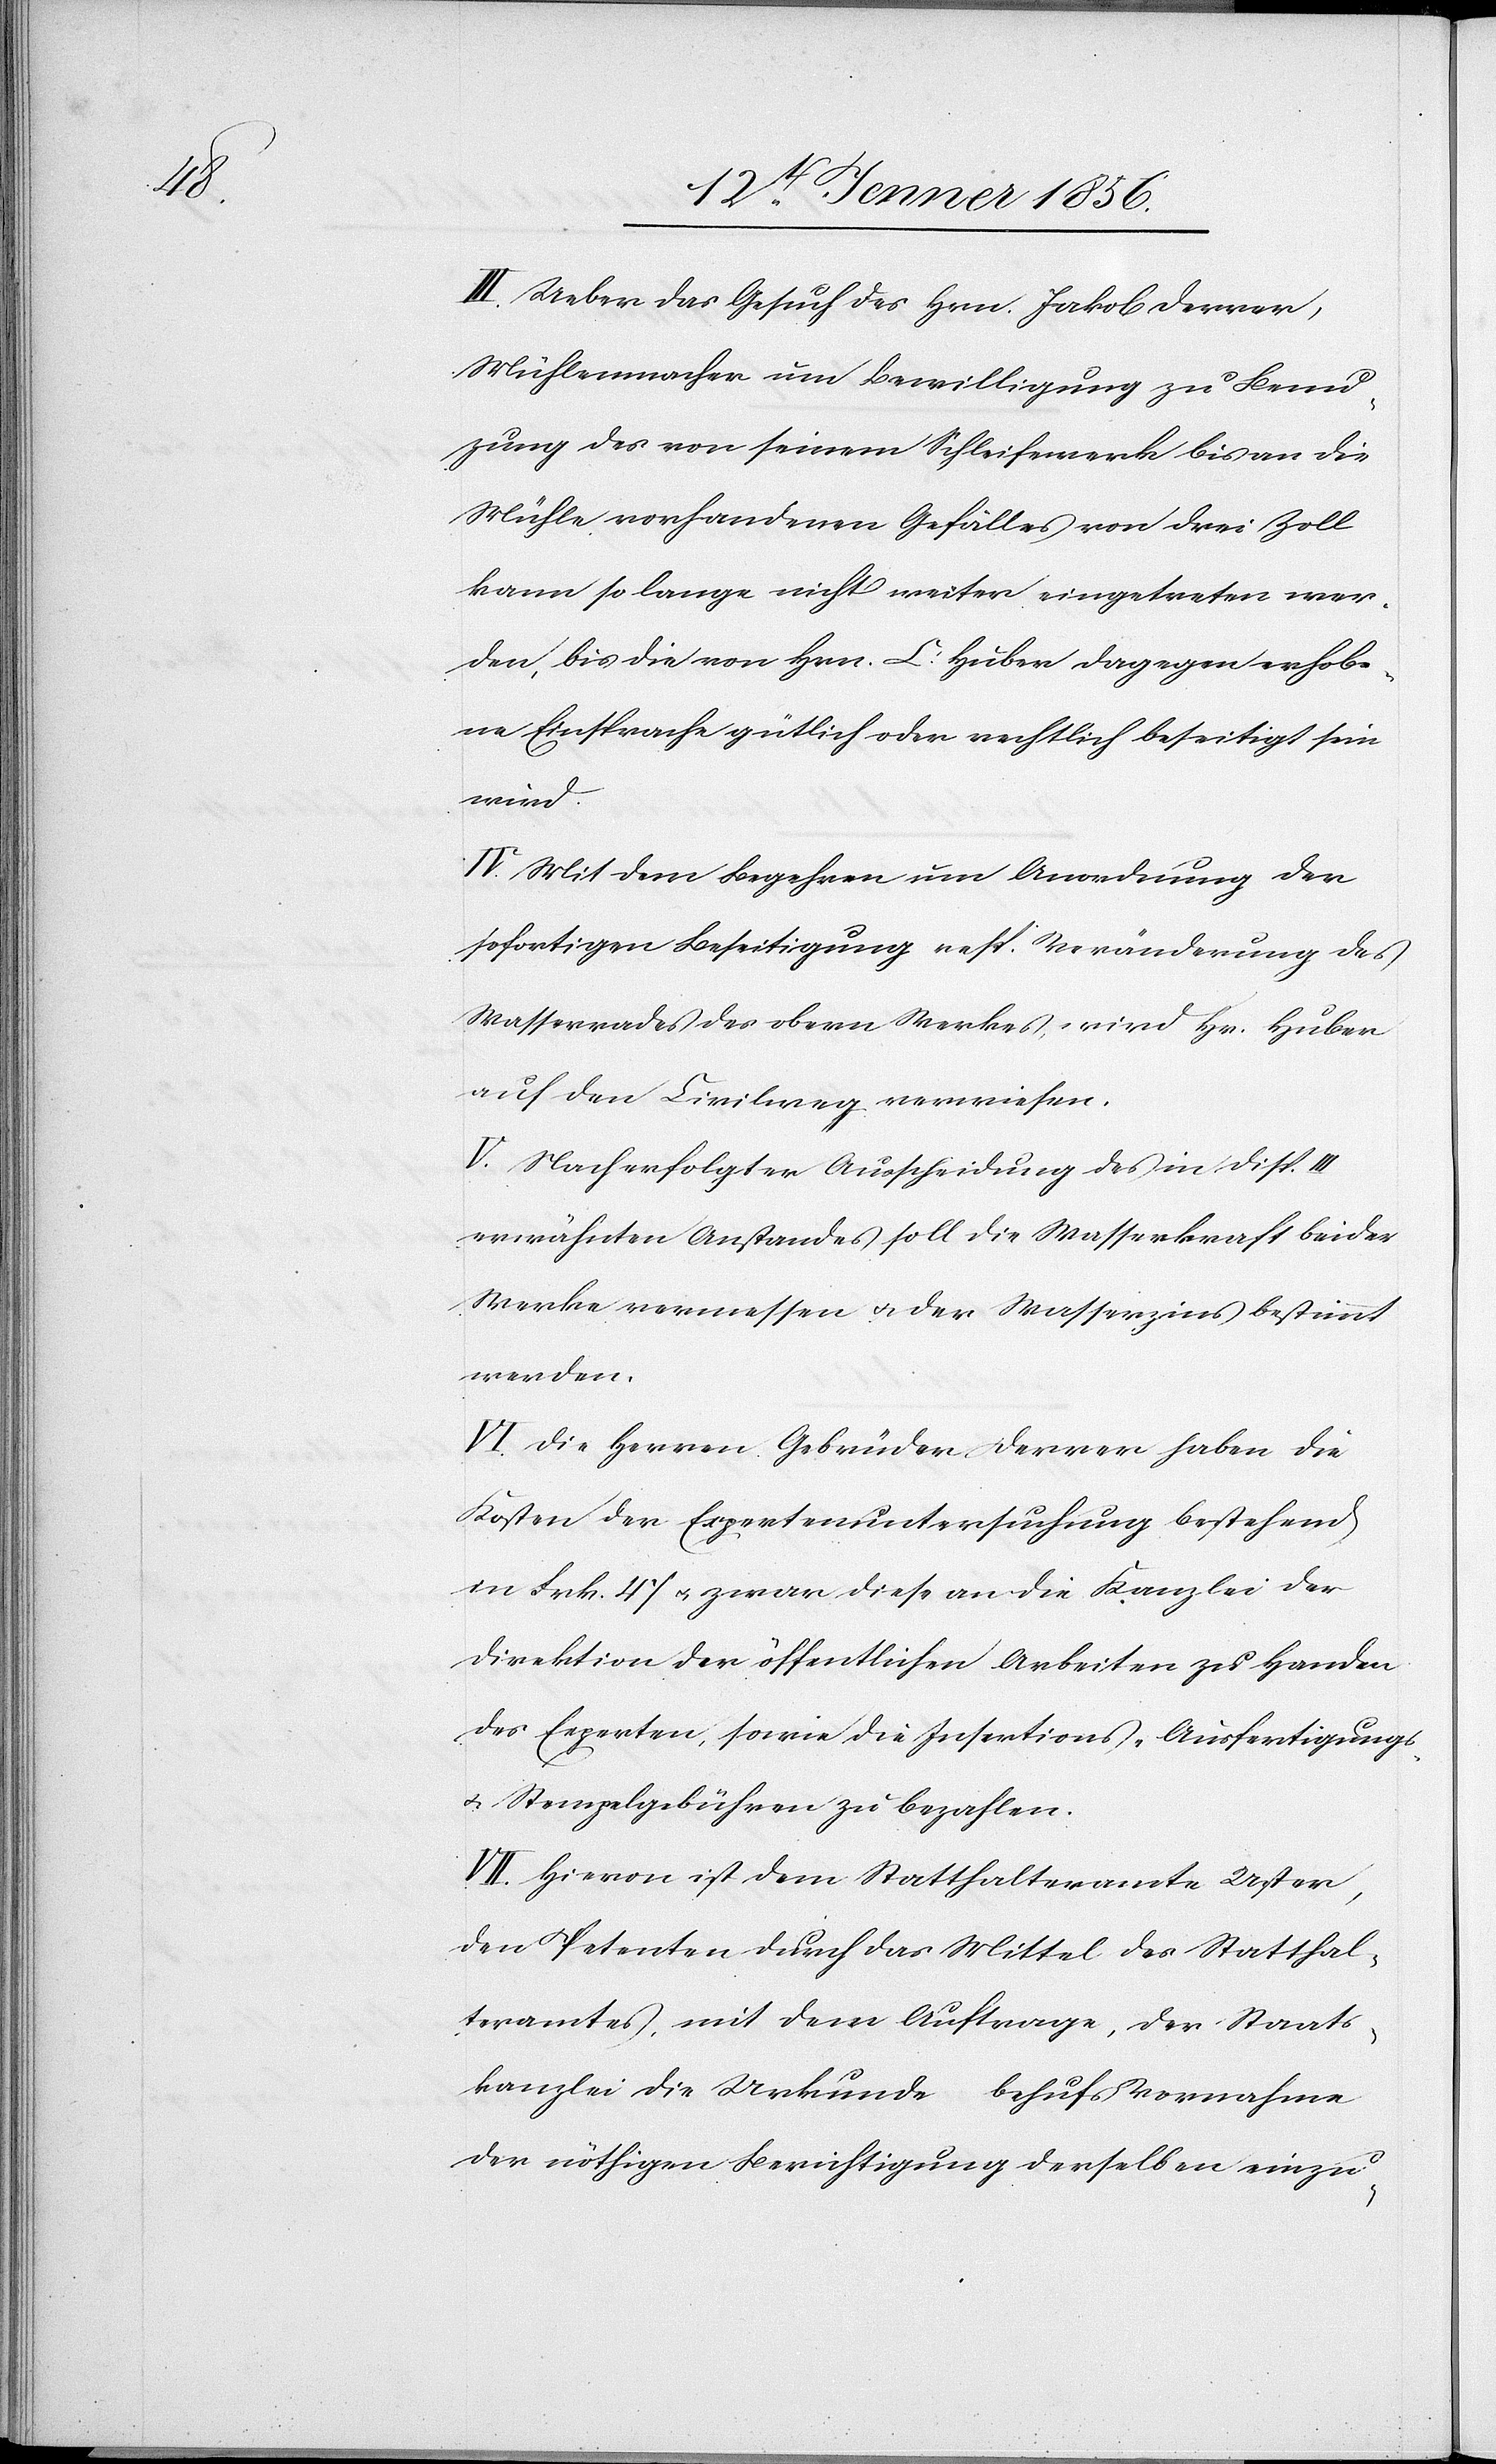
III. Ueber das Gesuch des Hrn. Jakob Derrer,
Mühlenmacher um Bewilligung zu Benu¬
zung des vor seinem Schleifewerk bis an die
Mühle vorhandenen Gefälles von drei Zoll
kann so lange nicht weiter eingetreten wer¬
den, bis die von Hrn. C. Huber dagegen erhobe¬
ne Einsprache gütlich oder rechtlich beseitigt sein
wird.
IV. Mit dem Begehren um Anordnung der
sofortigen Beseitigung resp. Veränderung des
Wasserrades des obern Werkes, wird Hr. Huber
auf den Civilweg verwiesen.
V. Nach erfolgter Ausscheidung des in Disp. III
erwähnten Anstandes soll die Wasserkraft beider
Werke vermessen u. der Wasserzins bestimmt
werden.
VI. Die Herren Gebrüder Derrer haben die
Kosten der Expertenuntersuchung bestehend
in Frk. 47 u. zwar diese an die Kanzlei der
Direktion der öffentlichen Arbeiten zu Handen
des Experten, sowie die Insertions-[,] Ausfertigungs-
u. Stempelgebühren zu bezahlen.
VII. Hievon ist dem Statthalteramte Uster,
den Petenten durch das Mittel des Statthal¬
teramtes, mit dem Auftrage, der Staats¬
kanzlei die Urkunde behufs Vornahme
der nöthigen Berichtigung derselben einzu-